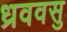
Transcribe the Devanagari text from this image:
ध्रववसु